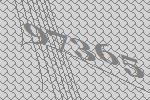
97365